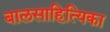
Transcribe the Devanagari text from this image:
बालसाहित्यिका